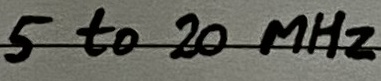
Text: 5 to 20 MHz